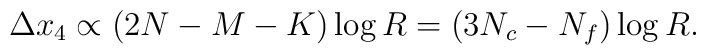
\Delta x_4 \propto (2N-M-K) \log R = (3N_c-N_f) \log R.